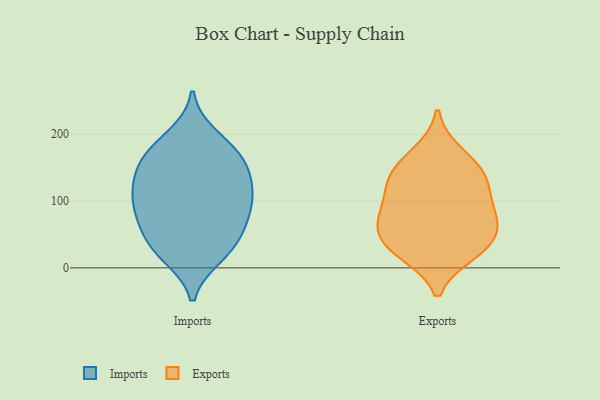
{"axis": {"x": "Shipments", "y": "Value"}, "legend": ["Exports", "Imports"], "data": [{"x": "", "y": 120, "type": "Imports"}, {"x": "", "y": 47, "type": "Imports"}, {"x": "", "y": 145, "type": "Imports"}, {"x": "", "y": 70, "type": "Imports"}, {"x": "", "y": 30, "type": "Imports"}, {"x": "", "y": 87, "type": "Imports"}, {"x": "", "y": 180, "type": "Imports"}, {"x": "", "y": 92, "type": "Imports"}, {"x": "", "y": 159, "type": "Imports"}, {"x": "", "y": 128, "type": "Imports"}, {"x": "", "y": 173, "type": "Imports"}, {"x": "", "y": 152, "type": "Imports"}, {"x": "", "y": 59, "type": "Imports"}, {"x": "", "y": 22, "type": "Imports"}, {"x": "", "y": 197, "type": "Imports"}, {"x": "", "y": 18, "type": "Imports"}, {"x": "", "y": 100, "type": "Imports"}, {"x": "", "y": 107, "type": "Imports"}, {"x": "", "y": 32, "type": "Exports"}, {"x": "", "y": 141, "type": "Exports"}, {"x": "", "y": 59, "type": "Exports"}, {"x": "", "y": 129, "type": "Exports"}, {"x": "", "y": 77, "type": "Exports"}, {"x": "", "y": 24, "type": "Exports"}, {"x": "", "y": 95, "type": "Exports"}, {"x": "", "y": 74, "type": "Exports"}, {"x": "", "y": 170, "type": "Exports"}, {"x": "", "y": 33, "type": "Exports"}, {"x": "", "y": 136, "type": "Exports"}]}